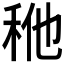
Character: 𰨢